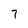
Character: 7